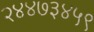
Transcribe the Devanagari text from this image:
२४४७३४५९